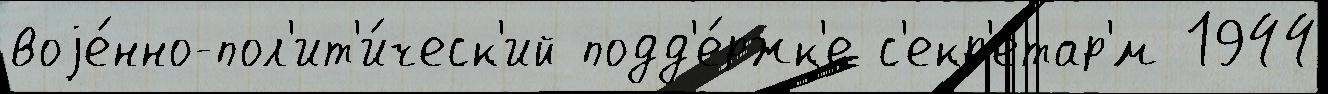
воjе́нно-пол'ит'и́ческ'ий подд'е́ржк'е с'екр'етар'́м 1944